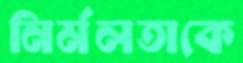
নির্মলতাকে